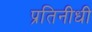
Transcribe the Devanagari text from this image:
प्रतिनीधी